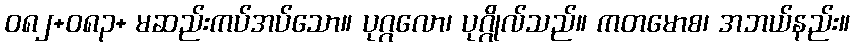
ဝ၈၂+၀၈၃+ မဆည်းကပ်အပ်သော။ ပုဂ္ဂလော၊ ပုဂ္ဂိုလ်သည်။ ကတမောစ၊ အဘယ်နည်း။